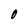
Character: O